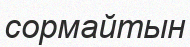
сормайтын